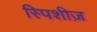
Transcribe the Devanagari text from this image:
स्पिशीज़